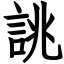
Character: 誂